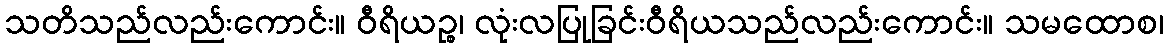
သတိသည်လည်းကောင်း။ ဝီရိယဉ္စ၊ လုံးလပြုခြင်းဝီရိယသည်လည်းကောင်း။ သမထောစ၊